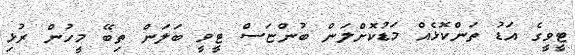
ޓީވީގެ އަޑު ތަންކޮޅެއް މަޑުކޮށްލަން ބުންޏަސް ޓީވީ ބަލަން ތިބޭ މީހުން ރުޅި